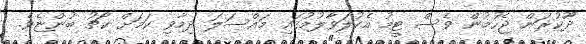
ދޫކުރަން ޖެހުމުން ވެސް ޓީމު އެކުލަވާލުމުގައި މައްސަލަ ދިމާވި ކަމަށް ކޯޗު ބުންޏެވެ.